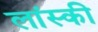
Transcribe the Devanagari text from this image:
लांस्की